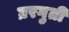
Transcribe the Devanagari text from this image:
घ्ररगुती